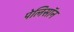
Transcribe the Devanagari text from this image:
पेलिसॉन